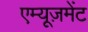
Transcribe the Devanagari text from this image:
एम्यूज़मेंट